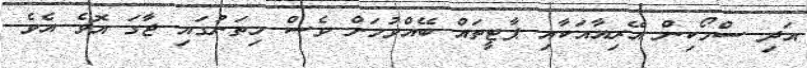
އަދި ސްމޯކިން އޭރިއާއަކާއި ޕާޓީތައް ބޭއްވުމަށް ވެސް މިތަނުގައި ޖާގަ އޮވެ އެވެ.